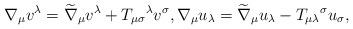
LaTeX: \begin{align*}\nabla _{\mu }v^{\lambda }=\widetilde{\nabla }_{\mu }v^{\lambda}+T_{\mu \sigma }{}^{\lambda }v^{\sigma },\nabla _{\mu }u_{\lambda }=\widetilde{\nabla }_{\mu }u_{\lambda }-T_{\mu \lambda }{}^{\sigma}u_{\sigma }, \end{align*}